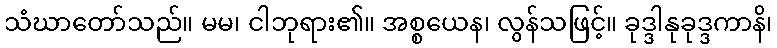
သံဃာတော်သည်။ မမ၊ ငါဘုရား၏။ အစ္စယေန၊ လွန်သဖြင့်။ ခုဒ္ဒါနုခုဒ္ဒကာနိ၊